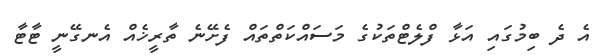
އެ ދެ ބިމުގައި އަޅާ ފްލެޓްތަކުގެ މަސައްކަތްތައް ފެށޭނެ ތާރީޚެއް އެނގޭނީ ޓާޓާ